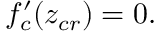
f _ { c } ^ { \prime } ( z _ { c r } ) = 0 .